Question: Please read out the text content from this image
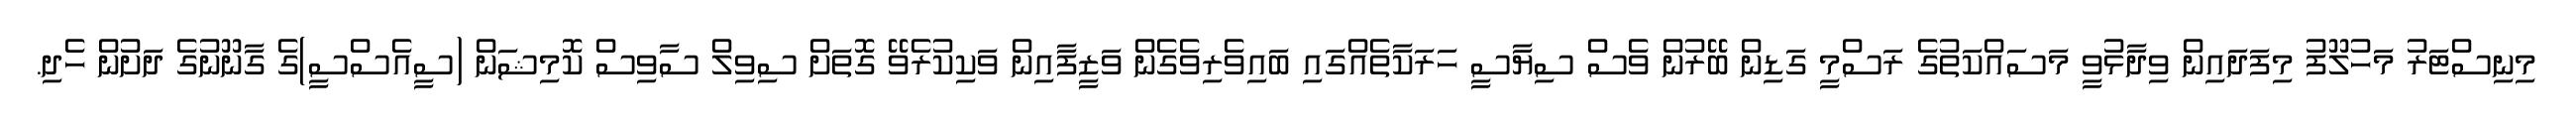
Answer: މިނިސްޓަރު މަހުލޫފު މިފަދައިން ވިދާޅުވީ މަސައްކަތުގެ ރަސްމީ ގަޑިން ބޭރުން ވެސް ސިޔާސީ ހަރަކާތެއްގައި ބައިވެރިވެގެން ވަޒީފާއިން ވަކިކުރެވޭ ގޮތަށް ސިވިލް ސާވިސް ކޮމިޝަން (ސީއެސްސީ)ގެ ގާނޫނުގެ ދަށުން ހެދި.